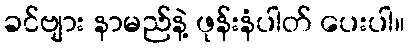
ခင်ဗျား နာမည်နဲ့ ဖုန်းနံပါတ် ပေးပါ။